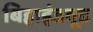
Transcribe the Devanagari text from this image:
बिहाइंडवूड